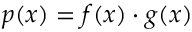
p ( x ) = f ( x ) \cdot g ( x )